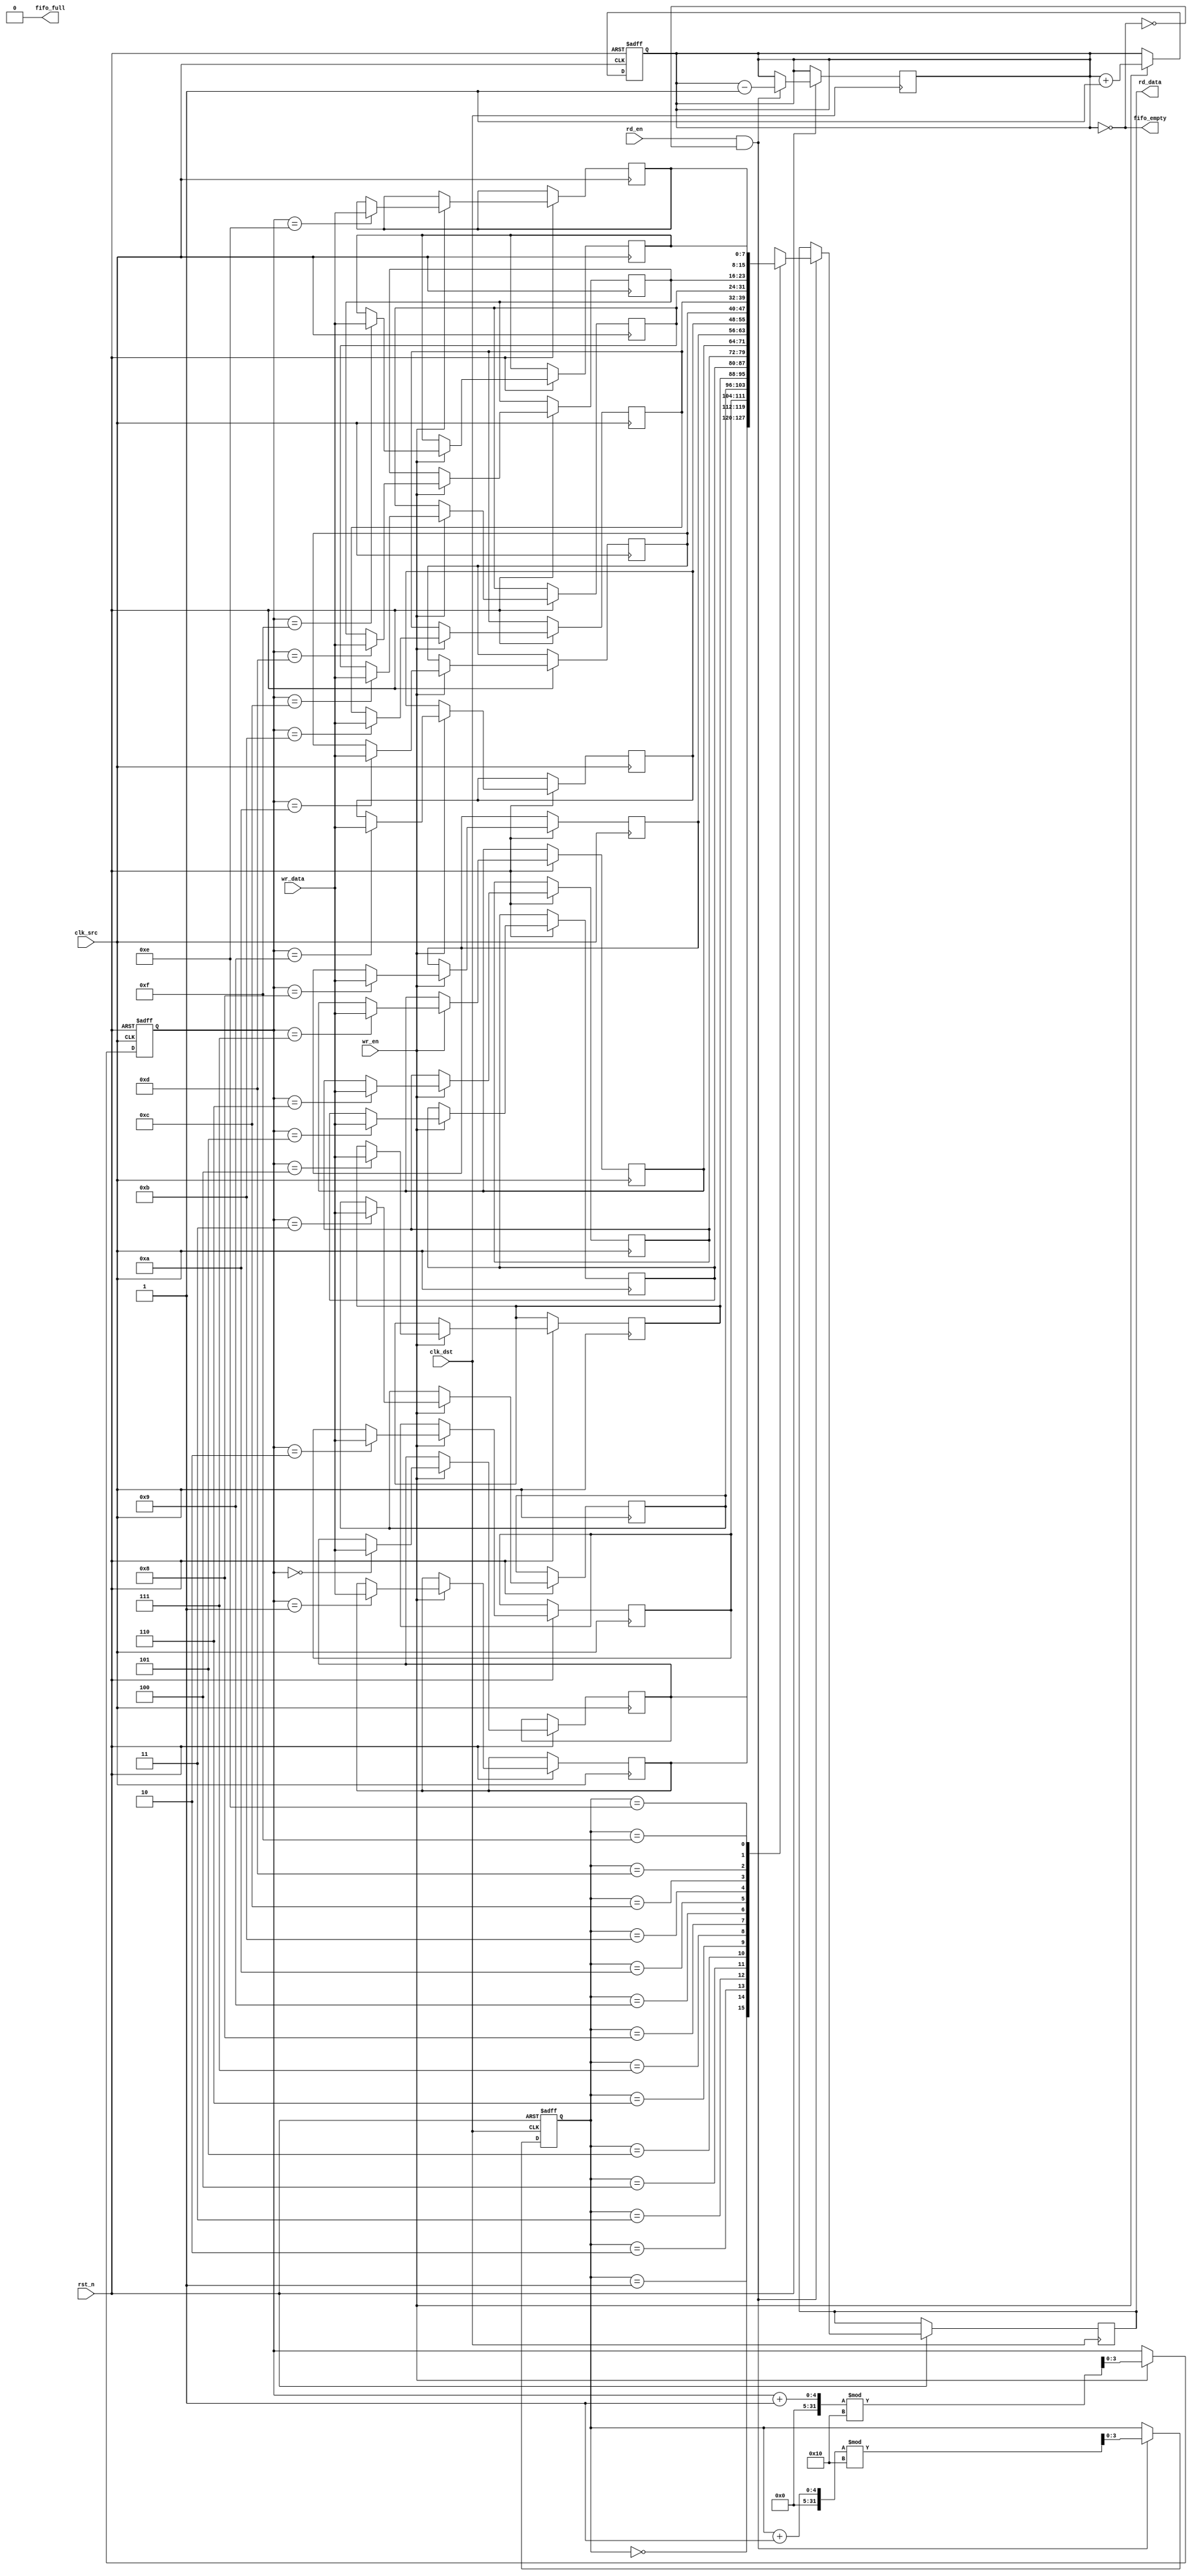
module fifo_synchronizer #(
    parameter DATA_WIDTH = 8,
    parameter FIFO_DEPTH = 16
)(
    input wire clk_src,            // Source clock
    input wire clk_dst,            // Destination clock
    input wire rst_n,              // Asynchronous reset (active low)
    
    // Write interface
    input wire wr_en,              // Write enable
    input wire [DATA_WIDTH-1:0] wr_data, // Data input
    output wire fifo_full,         // FIFO full flag
    
    // Read interface
    input wire rd_en,              // Read enable
    output wire [DATA_WIDTH-1:0] rd_data, // Data output
    output wire fifo_empty         // FIFO empty flag
);

    // FIFO memory
    reg [DATA_WIDTH-1:0] fifo_mem [0:FIFO_DEPTH-1];
    reg [3:0] wr_ptr;              // Write pointer
    reg [3:0] rd_ptr;              // Read pointer
    reg [3:0] fifo_count;          // Number of items in FIFO

    // Synchronization registers for write pointer
    reg [3:0] wr_ptr_sync_0, wr_ptr_sync_1;

    // Synchronization registers for read pointer
    reg [3:0] rd_ptr_sync_0, rd_ptr_sync_1;

    // Write logic
    always @(posedge clk_src or negedge rst_n) begin
        if (!rst_n) begin
            wr_ptr <= 0;
            fifo_count <= 0;
        end else if (wr_en && !fifo_full) begin
            fifo_mem[wr_ptr] <= wr_data;
            wr_ptr <= (wr_ptr + 1) % FIFO_DEPTH;
            fifo_count <= fifo_count + 1;
        end
    end

    // Read logic
    always @(posedge clk_dst or negedge rst_n) begin
        if (!rst_n) begin
            rd_ptr <= 0;
        end else if (rd_en && !fifo_empty) begin
            rd_data <= fifo_mem[rd_ptr];
            rd_ptr <= (rd_ptr + 1) % FIFO_DEPTH;
            fifo_count <= fifo_count - 1;
        end
    end

    // FIFO full and empty flags
    assign fifo_full = (fifo_count == FIFO_DEPTH);
    assign fifo_empty = (fifo_count == 0);

    // Synchronize write pointer to destination clock domain
    always @(posedge clk_dst or negedge rst_n) begin
        if (!rst_n) begin
            wr_ptr_sync_0 <= 0;
            wr_ptr_sync_1 <= 0;
        end else begin
            wr_ptr_sync_0 <= wr_ptr;
            wr_ptr_sync_1 <= wr_ptr_sync_0;
        end
    end

    // Synchronize read pointer to source clock domain
    always @(posedge clk_src or negedge rst_n) begin
        if (!rst_n) begin
            rd_ptr_sync_0 <= 0;
            rd_ptr_sync_1 <= 0;
        end else begin
            rd_ptr_sync_0 <= rd_ptr;
            rd_ptr_sync_1 <= rd_ptr_sync_0;
        end
    end

endmodule